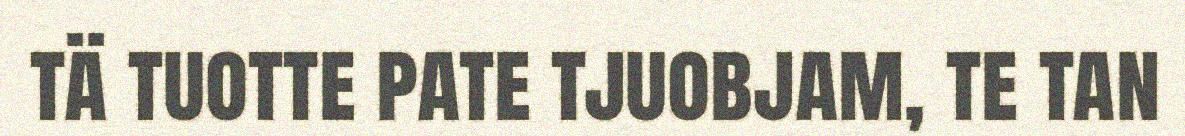
tä tuotte pate tjuobjam, te tan